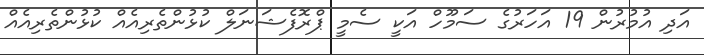
އަދި އުމުރުން 19 އަހަރުގެ ސަމޫހް އަކީ ސެމީ ޕްރޮފެޝަނަލް ކުޅުންތެރިއެއް ކުޅުންތެރިއެއް